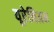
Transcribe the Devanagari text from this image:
यूरेनिअम